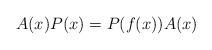
LaTeX: \begin{align*} A(x)P(x)=P(f(x))A(x) \end{align*}